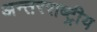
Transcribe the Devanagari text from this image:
अन्‍तरराष्ट्रीय